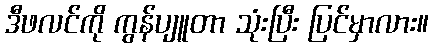
ဒီဖလင်ကို ကွန်ပျူတာ သုံးပြီး ပြင်မှာလား။